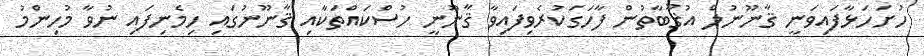
ހުށަހަޅާފައިވަނީ ޤާނޫނުލް އުޤޫބާތުން ފާހަގަކުރެވިފައިވާ ޤާނޫނީ ހުސްކައްތަކާއި ޤާނޫނުގައި ހިމެނިފައި ނުވާ މުހިންމު